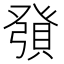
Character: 𧶢